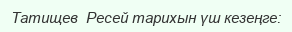
Татищев  Ресей тарихын үш кезеңге: